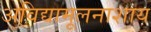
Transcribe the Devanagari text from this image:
अविद्यामूलनाशाय